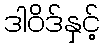
ဒါဝိဒ်နှင့်